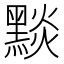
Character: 𪑓